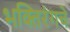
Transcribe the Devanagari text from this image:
भक्तिरंगचे